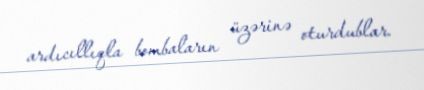
ardıcıllıqla bombaların üzərinə oturdublar.